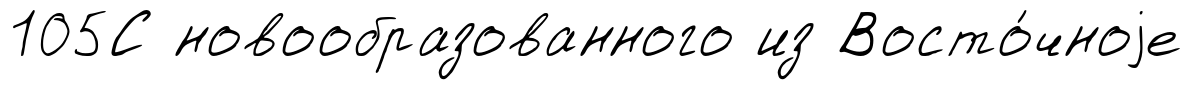
105С новообразованного из Восто́чноjе